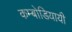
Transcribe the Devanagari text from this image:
कम्बोडियायी